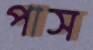
পাস